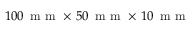
1 0 0 \, \mathrm { ~ m ~ m ~ } \times \, 5 0 \, \mathrm { ~ m ~ m ~ } \times \, 1 0 \, \mathrm { ~ m ~ m ~ }